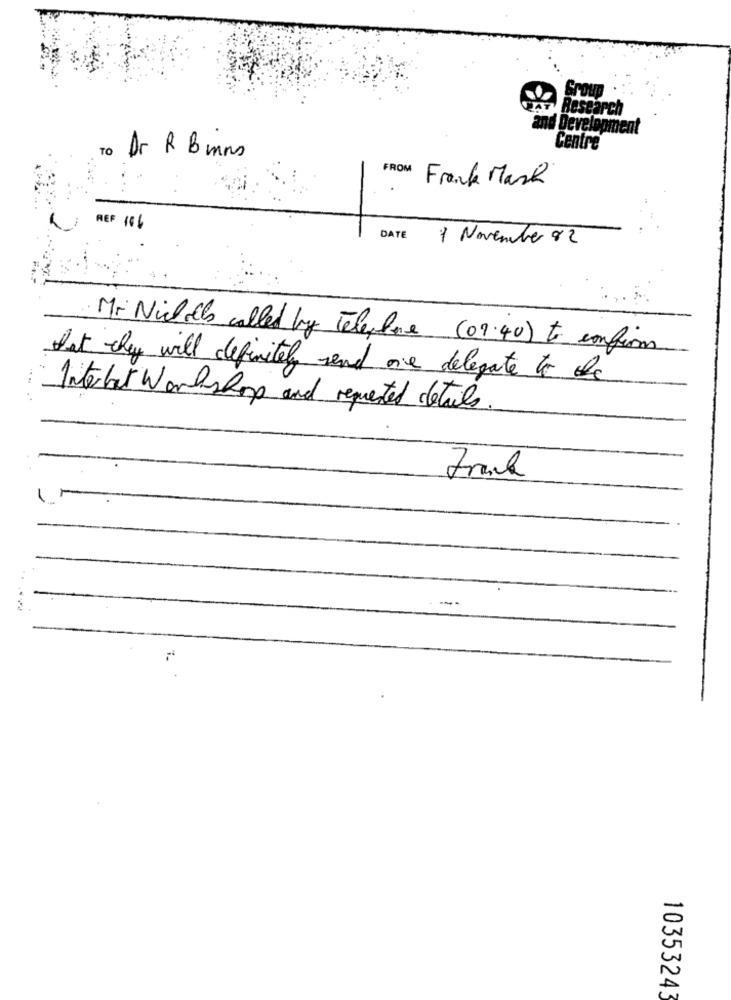
iect
ad Development
Centre
To Dr R B mas
FROM
Frank Mark
REF 106
DATE
1 November 82
Mr Nicholls called by Telephone (09.40) to confirm
but they will definitely send one delegate to the
Internet Workshop and requested details
Frank
10353243